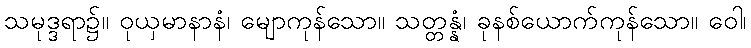
သမုဒ္ဒရာ၌။ ဝုယှမာနာနံ၊ မျောကုန်သော။ သတ္တန္နံ၊ ခုနစ်ယောက်ကုန်သော။ ဝေါ၊